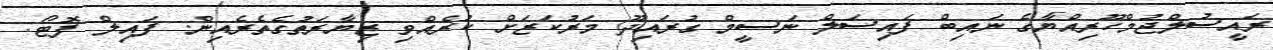
ރައީސުލްޖުމްހޫރިއްޔާގެ ނައިބް ފައިސަލް ނަސީމް ގުރައިދޫ މަރުކަޒަށް ކުރެއްވި ޒިޔާރަތުގެތެރެއިން. ފައިލް ފޮޓޯ: